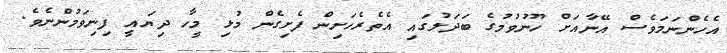
އެހެންނަމަވެސް އޭނާއަށް ހޫނުވުމުގެ ބަދަލުގައި އެތެރެހަށިން ފެށިގެން މުޅި މީހާ ދިޔައީ ފިނިވަމުންނެވެ.